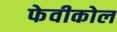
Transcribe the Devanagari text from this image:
फेवीकोल